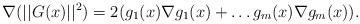
LaTeX: \begin{align*} \nabla (||G(x)||^2) = 2(g_1(x) \nabla g_1(x) + \dots g_m(x) \nabla g_m(x)). \end{align*}